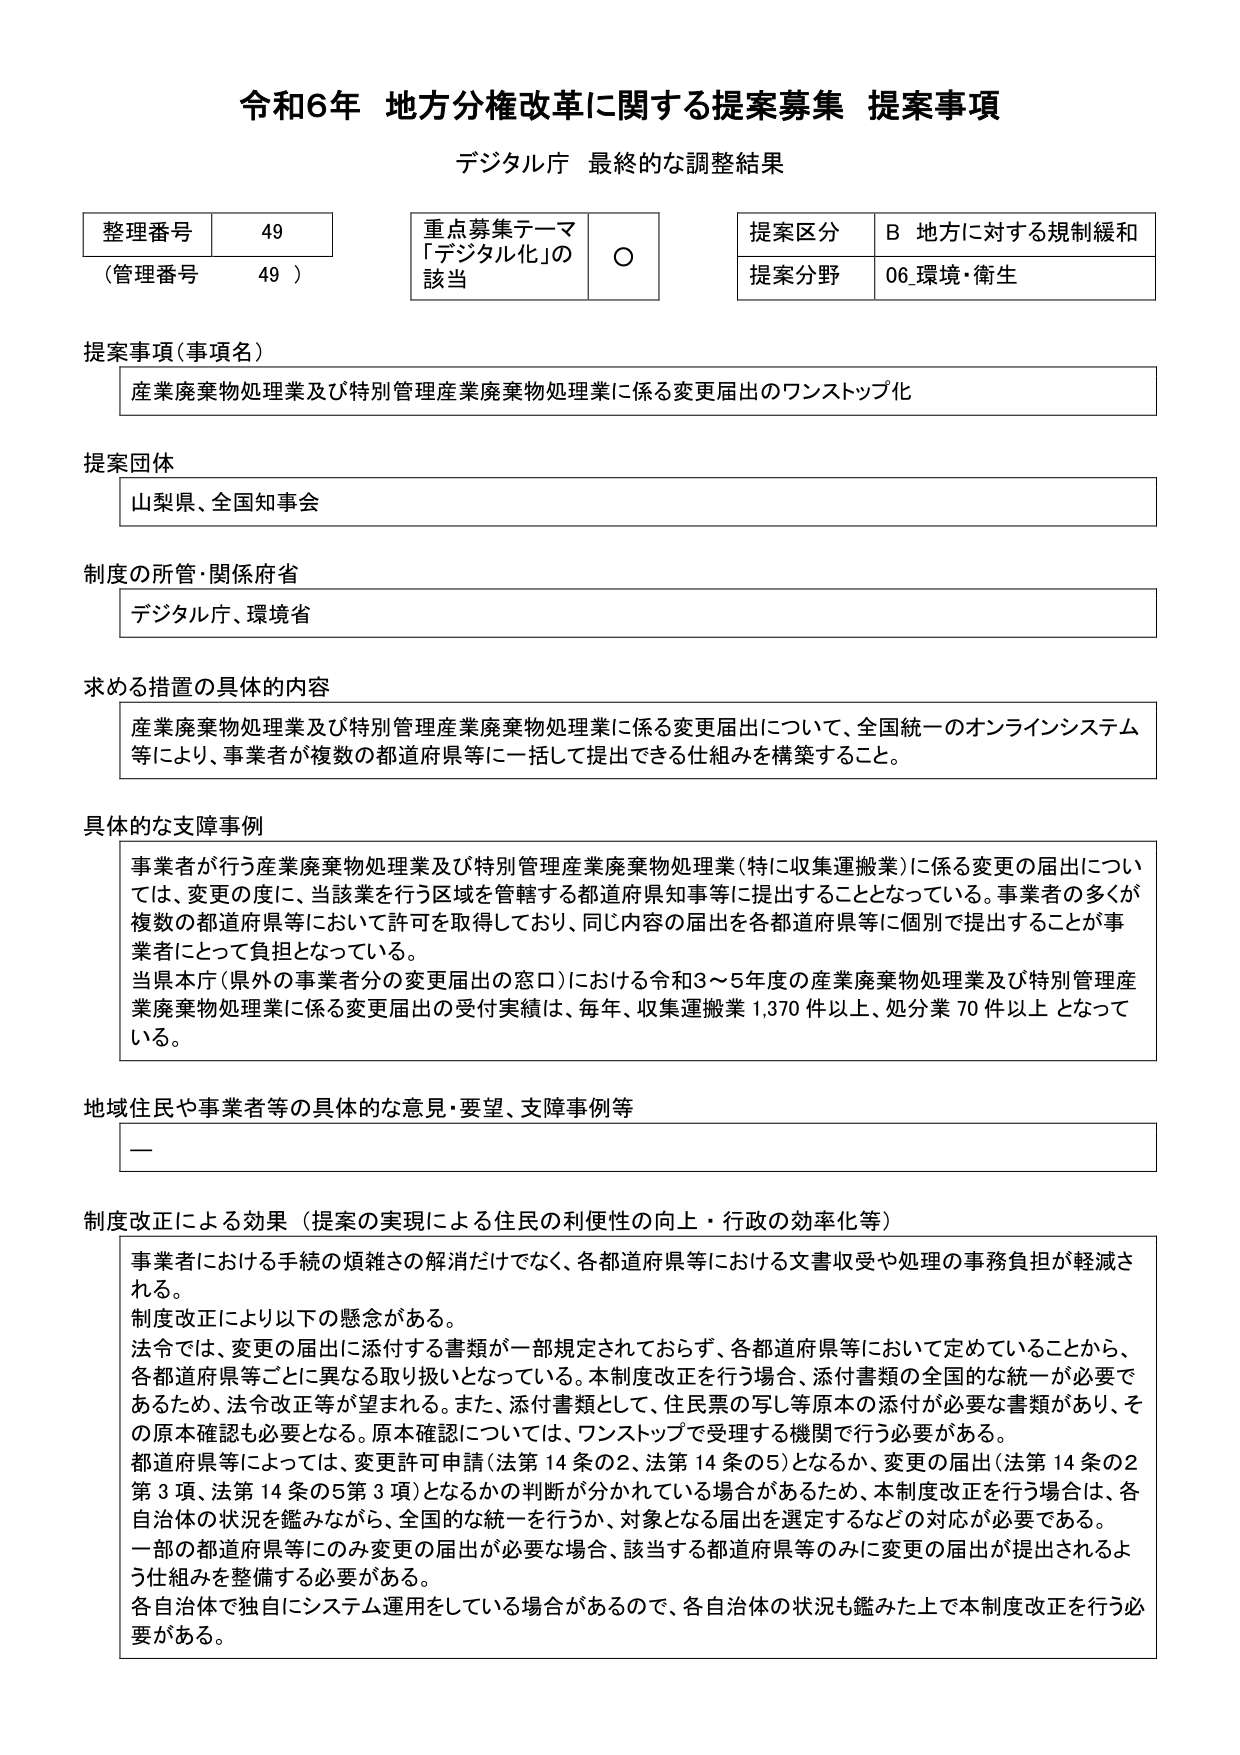
令和6年 地方分権改革に関する提案募集 提案事項
デジタル庁 最終的な調整結果

整理番号 49
（管理番号 49）

重点募集テーマ
「デジタル化」の
該当 ○

提案区分 B 地方に対する規制緩和
提案分野 06 環境・衛生

提案事項（事項名）
産業廃棄物処理業及び特別管理産業廃棄物処理業に係る変更届出のワンストップ化

提案団体
山梨県、全国知事会

制度の所管・関係府省
デジタル庁、環境省

求める措置の具体的内容
産業廃棄物処理業及び特別管理産業廃棄物処理業に係る変更届出について、全国統一のオンラインシステム等により、事業者が複数の都道府県等に一括して提出できる仕組みを構築すること。

具体的な支障事例
事業者が行う産業廃棄物処理業及び特別管理産業廃棄物処理業（特に収集運搬業）に係る変更の届出については、変更の度に、当該業を行う区域を管轄する都道府県知事等に提出することとなっている。事業者の多くが複数の都道府県等において許可を取得しており、同じ内容の届出を各都道府県等に個別に提出することが事業者にとって負担となっている。
当県本庁（県外の事業者分の変更届出の窓口）における令和3～5年度の産業廃棄物処理業及び特別管理産業廃棄物処理業に係る変更届出の受付実績は、毎年、収集運搬業1,370件以上、処分業70件以上となっている。

地域住民や事業者等の具体的な意見・要望、支障事例等
ー

制度改正による効果（提案の実現による住民の利便性の向上・行政の効率化等）
事業者における手続の煩雑さの解消だけでなく、各都道府県等における文書収受や処理の事務負担が軽減される。
制度改正により以下の懸念がある。
法令では、変更の届出に添付する書類が一部規定されておらず、各都道府県等において定めていることから、各都道府県等ごとに異なる取り扱いとなっている。本制度改正を行う場合、添付書類の全国的な統一が必要であるため、法令改正等が望まれる。また、添付書類として、住民票の写し等原本の添付が必要な書類があり、その原本確認も必要となる。原本確認については、ワンストップで受理する機関で行う必要がある。
都道府県等によっては、変更許可申請（法第14条の2、法第14条の5）となるか、変更の届出（法第14条の2第3項、法第14条の5第3項）となるかの判断が分かれている場合があるため、本制度改正を行う場合は、各自治体の状況を鑑みながら、全国的な統一を行うか、対象となる届出を選定するなどの対応が必要である。
一部の都道府県等にのみ変更の届出が必要な場合、該当する都道府県等のみに変更の届出が提出されるよう仕組みを整備する必要がある。
各自治体で独自にシステム運用をしている場合があるので、各自治体の状況も鑑みた上で本制度改正を行う必要がある。